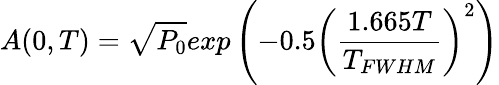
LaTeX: A(0,T)=\sqrt{P_{0}}exp⁡\left(-0.5\left(\frac{1.665T}{T_{FWHM}}\right)^{2}\right)